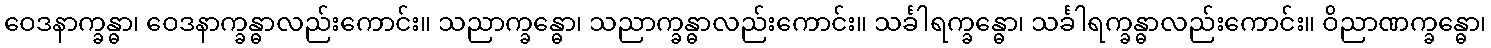
ဝေဒနာက္ခန္ဓာ၊ ဝေဒနာက္ခန္ဓာလည်းကောင်း။ သညာက္ခန္ဓော၊ သညာက္ခန္ဓာလည်းကောင်း။ သင်္ခါရက္ခန္ဓော၊ သင်္ခါရက္ခန္ဓာလည်းကောင်း။ ဝိညာဏက္ခန္ဓော၊